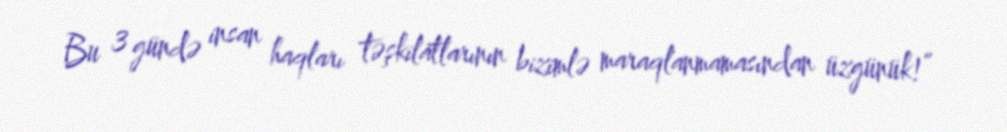
Bu 3 gündə insan haqları təşkilatlarının bizimlə maraqlanmamasından üzgünük!”